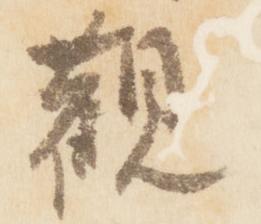
観